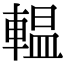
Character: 輼